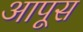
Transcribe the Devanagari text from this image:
आपूस